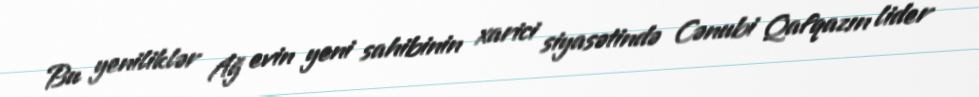
Bu yeniliklər Ağ evin yeni sahibinin xarici siyasətində Cənubi Qafqazın lider